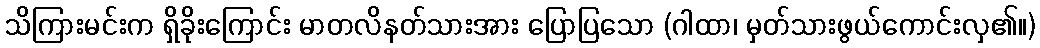
သိကြားမင်းက ရှိခိုးကြောင်း မာတလိနတ်သားအား ပြောပြသော (ဂါထာ၊ မှတ်သားဖွယ်ကောင်းလှ၏။)